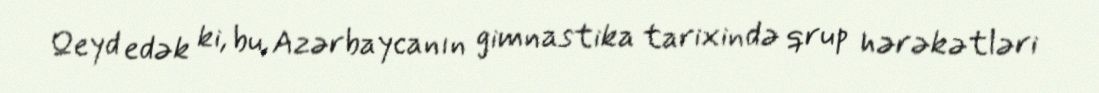
Qeyd edək ki, bu, Azərbaycanın gimnastika tarixində qrup hərəkətləri